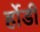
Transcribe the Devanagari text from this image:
र्होडी